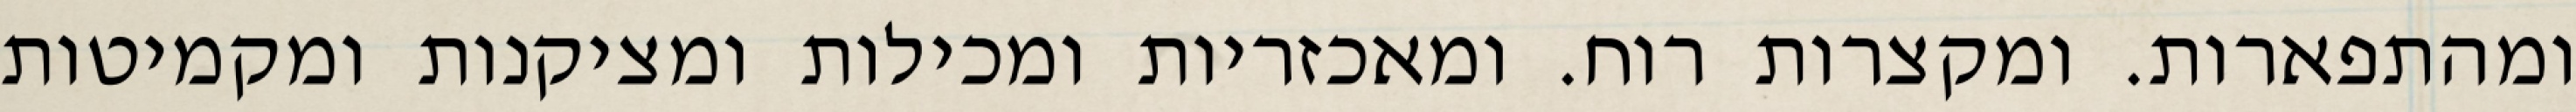
ומהתפארות. ומקצרות רוח. ומאכזריות ומכילות ומציקנות ומקמיטות